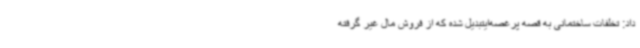
داد: تخلفات ساختمانی به قصه پرغصه‌ایتبدیل شده که از فروش مال غیر گرفته